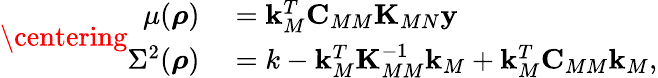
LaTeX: \centering\begin{array}{rl}{\mu(\boldsymbol{\mathbf{\rho}})}&{{}=\boldsymbol{\mathbf{k}}_{M}^{T}\boldsymbol{\mathbf{C}}_{MM}\boldsymbol{\mathbf{K}}_{MN}\boldsymbol{\mathbf{y}}}\\ {\Sigma^{2}(\boldsymbol{\mathbf{\rho}})}&{{}=k-\boldsymbol{\mathbf{k}}_{M}^{T}\boldsymbol{\mathbf{K}}_{MM}^{-1}\boldsymbol{\mathbf{k}}_{M}+\boldsymbol{\mathbf{k}}_{M}^{T}\boldsymbol{\mathbf{C}}_{MM}\boldsymbol{\mathbf{k}}_{M},}\end{array}